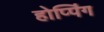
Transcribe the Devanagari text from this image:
होप्पिंग